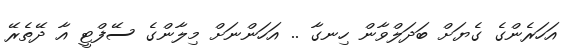
އަހަރެންގެ ގެޔަށް ބަދަލްވާން ހިނގާ .. އަހަންނަށް މިލާންގެ ސޭފްޓީ އާ ދޭތެރޭ